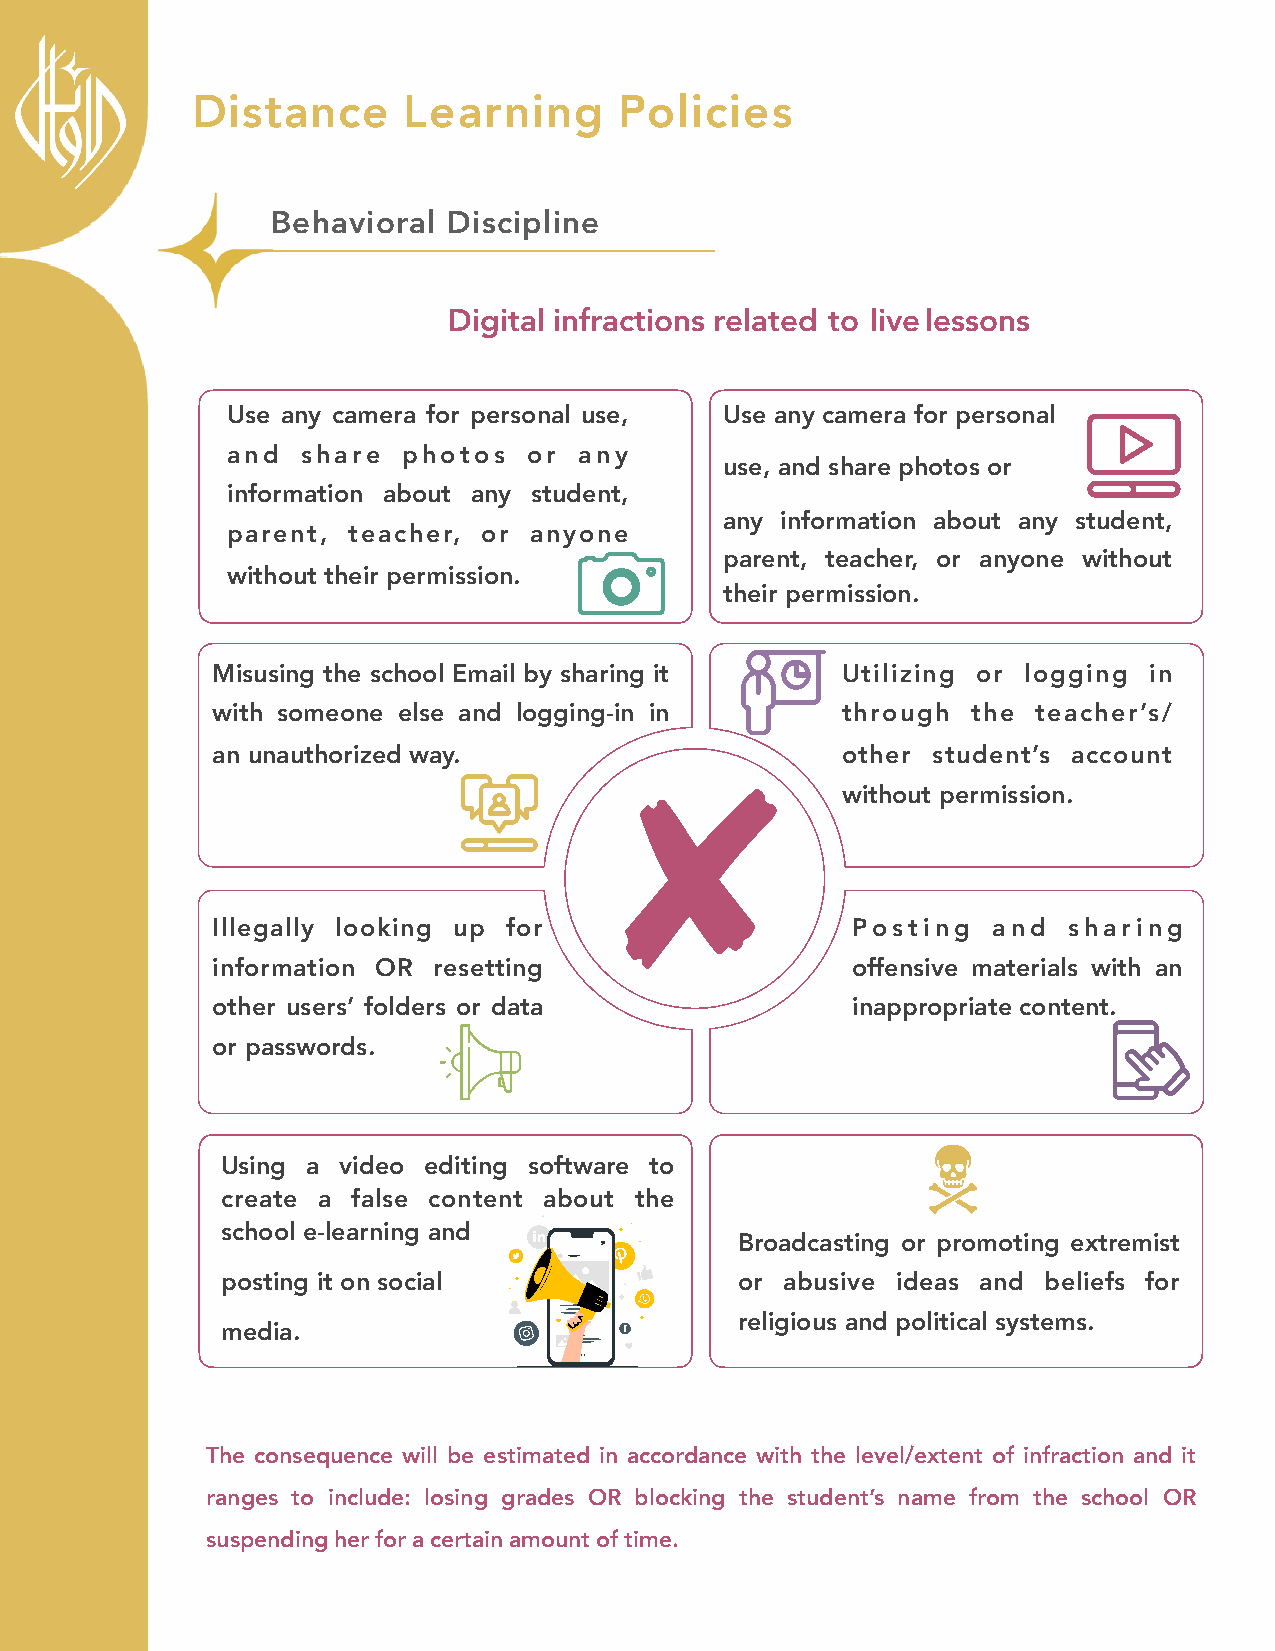
Distance      Learning      Policies
 Behavioral  Discipline
 Digital infractions related to live lessons
 Use any camera for personal use, Use any camera for personal
 and  share  photos  or any
 use, and share photos or
 information about any student,
 any information about any student,
 parent, teacher, or anyone
 parent, teacher, or anyone without
 without their permission.
 their permission.
 Misusing the school Email by sharing it   Utilizing or logging in
 with someone else and logging-in in       through the  teacher’s/
 an unauthorized way.                      other student’s account
 without permission.
 Illegally looking up for                  Posting   and  sharing
 information OR resetting                  offensive materials with an
 other users’ folders or data              inappropriate content.
 or passwords.
 Using a video editing software to
 create a false content about the
 school e-learning and
 Broadcasting or promoting extremist
 posting it on social              or abusive ideas and beliefs for
 religious and political systems.
 media.
 The consequence will be estimated in accordance with the level/extent of infraction and it
 ranges to include: losing grades OR blocking the student’s name from the school OR
 suspending her for a certain amount of time.